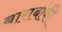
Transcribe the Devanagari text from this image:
बाराबांकी